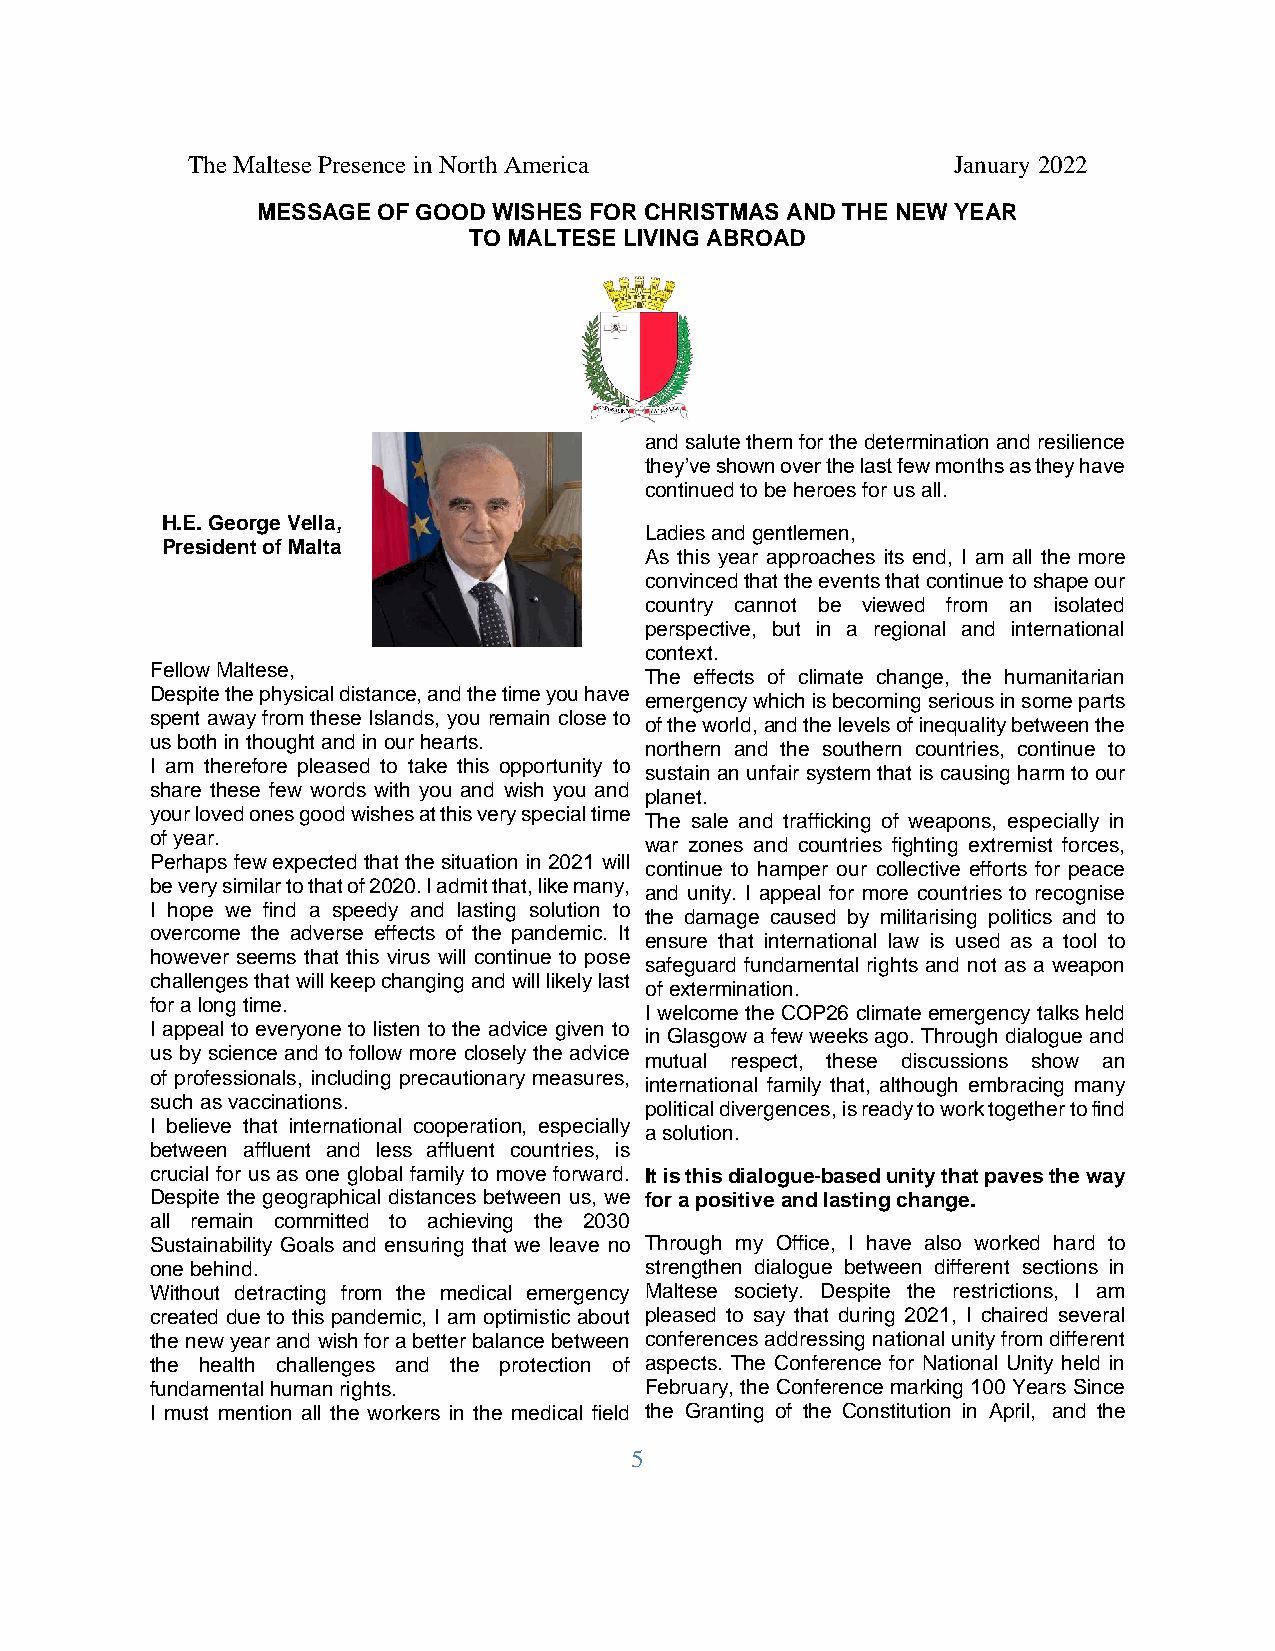
The Maltese Presence in North America              January 2022
 MESSAGE OF GOOD WISHES FOR CHRISTMAS AND THE NEW YEAR
 TO MALTESE LIVING ABROAD
 and salute them for the determination and resilience
 they’ve shown over the last few months as they have
 continued to be heroes for us all.
 H.E. George Vella,
 Ladies and gentlemen,
 President of Malta
 As this year approaches its end, I am all the more
 convinced that the events that continue to shape our
 country cannot be viewed from an isolated
 perspective, but in a regional and international
 context.
 Fellow Maltese,
 The effects of climate change, the humanitarian
 Despite the physical distance, and the time you have
 emergency which is becoming serious in some parts
 spent away from these Islands, you remain close to
 of the world, and the levels of inequality between the
 us both in thought and in our hearts.
 northern and the southern countries, continue to
 I am therefore pleased to take this opportunity to
 sustain an unfair system that is causing harm to our
 share these few words with you and wish you and
 planet.
 your loved ones good wishes at this very special time
 The sale and trafficking of weapons, especially in
 of year.
 war zones and countries fighting extremist forces,
 Perhaps few expected that the situation in 2021 will
 continue to hamper our collective efforts for peace
 be very similar to that of 2020. I admit that, like many,
 and unity. I appeal for more countries to recognise
 I hope we find a speedy and lasting solution to
 the damage caused by militarising politics and to
 overcome the adverse effects of the pandemic. It
 ensure that international law is used as a tool to
 however seems that this virus will continue to pose
 safeguard fundamental rights and not as a weapon
 challenges that will keep changing and will likely last
 of extermination.
 for a long time.
 I welcome the COP26 climate emergency talks held
 I appeal to everyone to listen to the advice given to
 in Glasgow a few weeks ago. Through dialogue and
 us by science and to follow more closely the advice
 mutual respect, these discussions show an
 of professionals, including precautionary measures,
 international family that, although embracing many
 such as vaccinations.
 political divergences, is ready to work together to find
 I believe that international cooperation, especially
 a solution.
 between affluent and less affluent countries, is
 crucial for us as one global family to move forward. It is this dialogue-based unity that paves the way
 Despite the geographical distances between us, we for a positive and lasting change.
 all remain committed to achieving the 2030
 Sustainability Goals and ensuring that we leave no Through my Office, I have also worked hard to
 one behind.                      strengthen dialogue between different sections in
 Without detracting from the medical emergency Maltese society. Despite the restrictions, I am
 created due to this pandemic, I am optimistic about pleased to say that during 2021, I chaired several
 the new year and wish for a better balance between conferences addressing national unity from different
 the health challenges and the protection of aspects. The Conference for National Unity held in
 fundamental human rights.        February, the Conference marking 100 Years Since
 I must mention all the workers in the medical field the Granting of the Constitution in April, and the
 5